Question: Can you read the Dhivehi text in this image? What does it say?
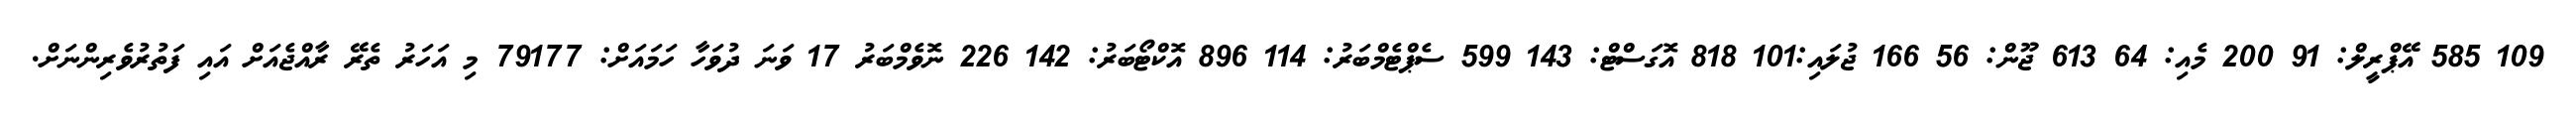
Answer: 109 585 އޭޕްރީލް: 91 200 މެއި: 64 613 ޖޫން: 56 166 ޖުލައި:101 818 އޮގަސްޓް: 143 599 ސެޕްޓެމްބަރު: 114 896 އޮކްޓޯބަރު: 142 226 ނޮވެމްބަރު 17 ވަނަ ދުވަހާ ހަމައަށް: 79177 މި އަހަރު ތެރޭ ރާއްޖެއަށް އައި ފަތުރުވެރިންނަށް.